Leaving Certificate Examination (including Day School Certificate (Higher) General paper), 1931
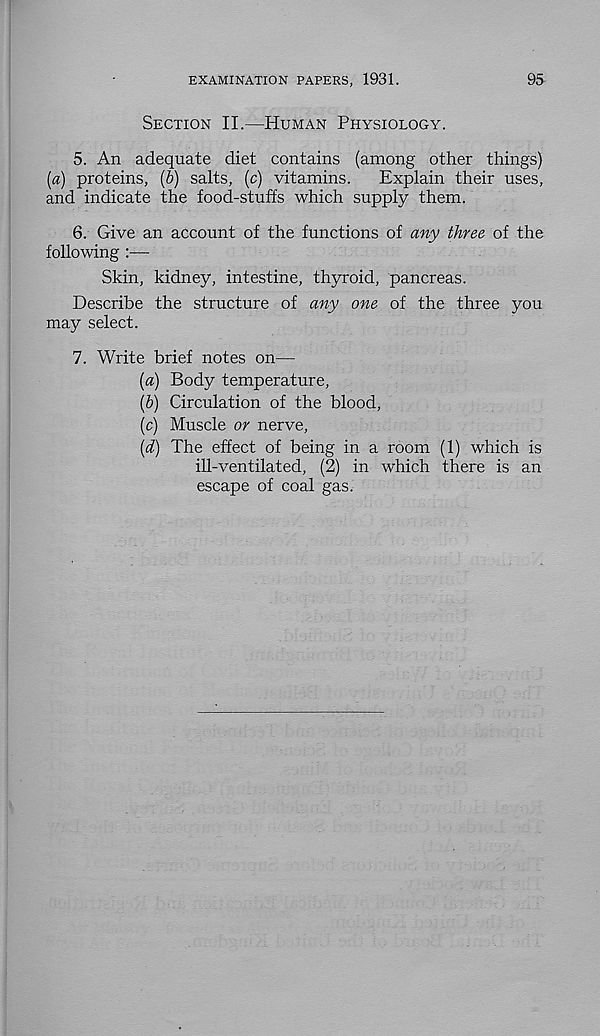
EXAMINATION PAPERS, 1931.
95
Section II.—Human Physiology.
5. An adequate diet contains (among other things)
[a) proteins, (6) salts, (c) vitamins.
Explain their uses,
and indicate the food-stuffs which supply them.
6. Give an account of the functions of any three of the
following
Skin, kidney, intestine, thyroid, pancreas.
Describe the structure of any one of the three you
may select.
7. Write brief notes on—
(«) Body temperature,
(h) Circulation of the blood,
(c) Muscle or nerve,
(d) The effect of being in a room (1) which is
ill-ventilated, (2) in which there is an
escape of coal gas.